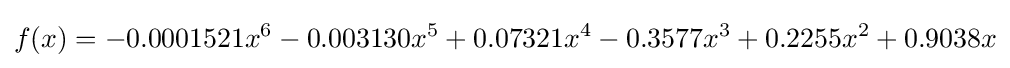
f(x)=-0.0001521x^{6}-0.003130x^{5}+0.07321x^{4}-0.3577x^{3}+0.2255x^{2}+0.9038x